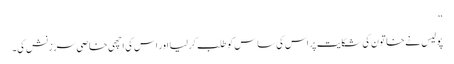
‘‘
پولیس نے خاتون کی شکایت پر اس کی ساس کو طلب کر لیا اور اس کی اچھی خاصی سرزنش کی۔